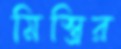
মিস্ত্রির